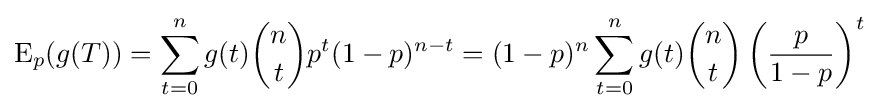
\operatorname {E} _{p}(g(T))=\sum _{t=0}^{n}{g(t){n \choose t}p^{t}(1-p)^{n-t}}=(1-p)^{n}\sum _{t=0}^{n}{g(t){n \choose t}\left({\frac {p}{1-p}}\right)^{t}}